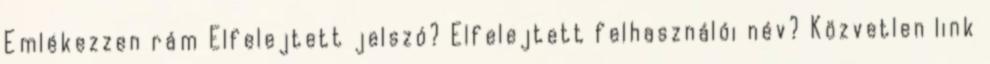
Emlékezzen rám Elfelejtett jelszó? Elfelejtett felhasználói név? Közvetlen link